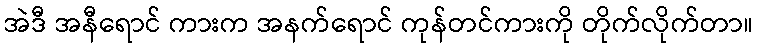
အဲဒီ အနီရောင် ကားက အနက်ရောင် ကုန်တင်ကားကို တိုက်လိုက်တာ။